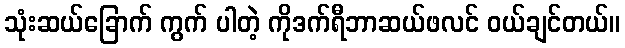
သုံးဆယ်ခြောက် ကွက် ပါတဲ့ ကိုဒက်ရီဘာဆယ်ဖလင် ဝယ်ချင်တယ်။